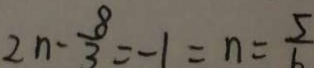
2 n - \frac { 8 } { 3 } = - 1 = n = \frac { 5 } { 6 }